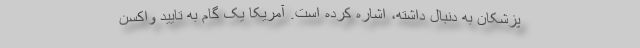
پزشکان به دنبال داشته، اشاره کرده است. آمریکا یک گام به تایید واکسن